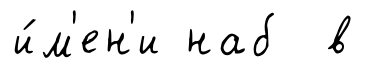
и́м'ен'и наб в